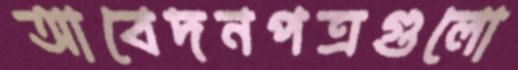
আবেদনপত্রগুলো